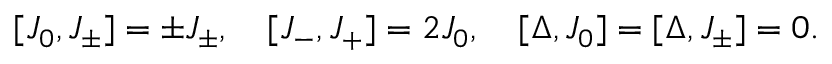
[ J _ { 0 } , J _ { \pm } ] = \pm J _ { \pm } , \quad [ J _ { - } , J _ { + } ] = 2 J _ { 0 } , \quad [ \Delta , J _ { 0 } ] = [ \Delta , J _ { \pm } ] = 0 .